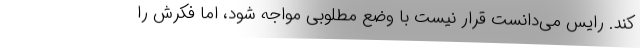
کند. رایس می‌دانست قرار نیست با وضع مطلوبی مواجه شود، اما فکرش را